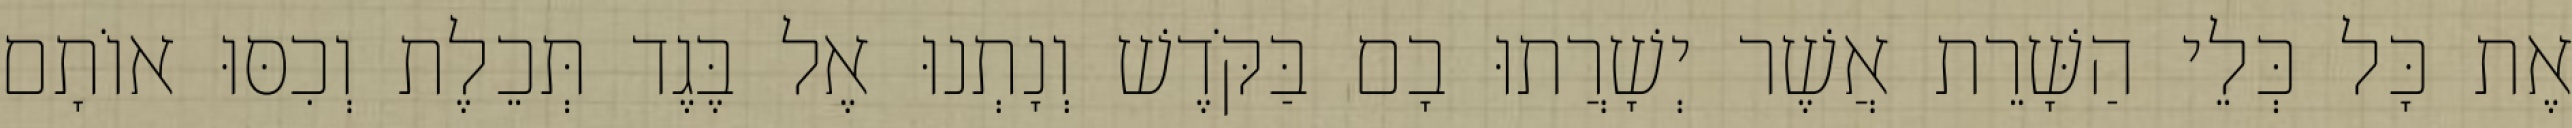
אֶת כָּל כְּלֵי הַשָּׁרֵת אֲשֶׁר יְשָׁרֲתוּ בָם בַּקֹּדֶשׁ וְנָתְנוּ אֶל בֶּגֶד תְּכֵלֶת וְכִסּוּ אוֹתָם